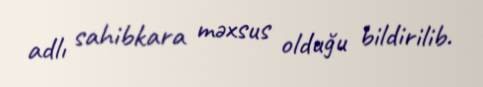
adlı sahibkara məxsus olduğu bildirilib.